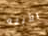
الأبله